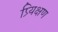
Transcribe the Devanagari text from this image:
प्र्यिक्षण